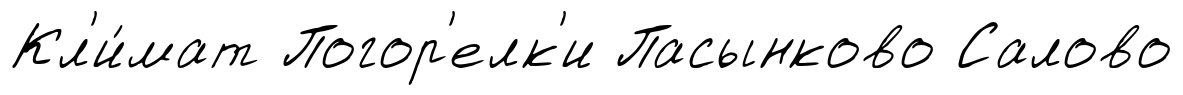
Кл'и́мат Погор'елк'и Пасынково Салово